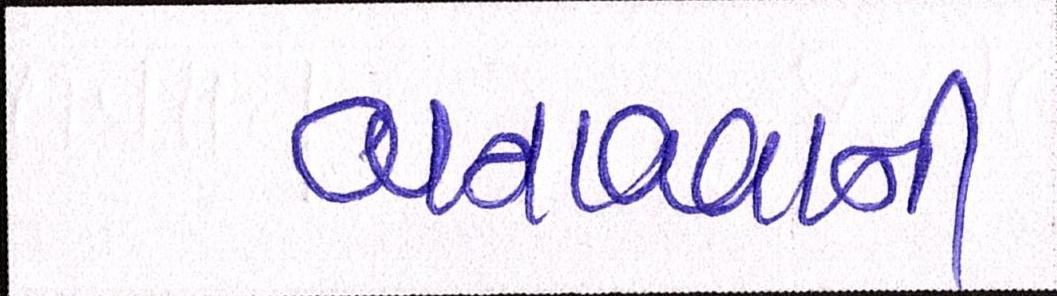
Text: બનાવવાની